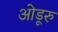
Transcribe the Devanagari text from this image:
ओडूरु